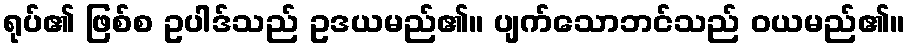
ရုပ်၏ ဖြစ်စ ဥပါဒ်သည် ဥဒယမည်၏။ ပျက်သောဘင်သည် ဝယမည်၏။